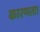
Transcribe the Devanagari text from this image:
कारणता।